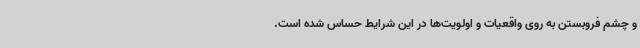
و چشم فروبستن به روی واقعیات و اولویت‌ها در این شرایط حساس شده است.